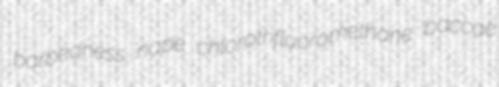
barbedness nape chlorotrifluoromethane baccae